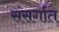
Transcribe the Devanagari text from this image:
संसर्गात